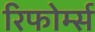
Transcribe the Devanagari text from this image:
रिफोर्म्स